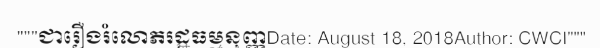
"""ជារឿងរំលោភរដ្ឋធម្មនុញ្ញDate: August 18, 2018Author: CWCI"""